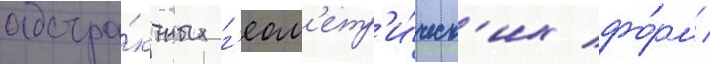
абстра́ктных г'еом'етр'и́ческ'их фо́рм /